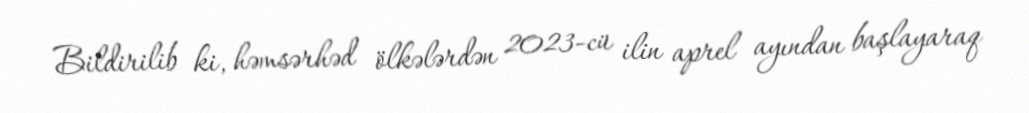
Bildirilib ki, həmsərhəd ölkələrdən 2023-cü ilin aprel ayından başlayaraq